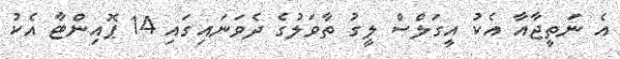
އެ ނަތީޖާއާ އެކު އީގަލްސް ލީގު ތާވަލުގެ ދެވަނައިގައި 14 ޕޮއިންޓާ އެކު